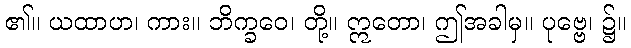
၏။ ယထာဟ၊ ကား။ ဘိက္ခဝေ၊ တို့။ ဣတော၊ ဤအခါမှ။ ပုဗ္ဗေ၊ ၌။